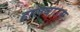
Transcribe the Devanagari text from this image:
हालबाउम